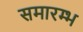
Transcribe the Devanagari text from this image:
समारम्भ